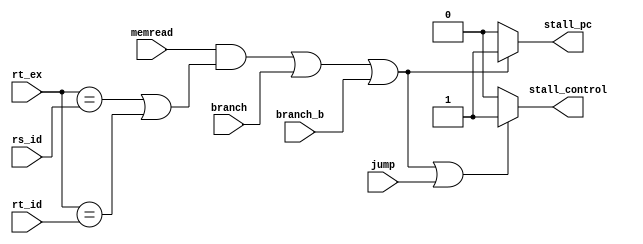
module Hazard (rt_ex,rs_id,rt_id,memread,branch,branch_b,jump,stall_pc,stall_control);

input [4:0] rt_ex,rs_id,rt_id; //rt in execution stage(of lw instruction) , rs and rt in ID stage(of instruction after lw) 
input memread,branch,branch_b,jump; // memread which indicates lw instruction
output reg stall_pc,stall_control; // 2 wires to stall pc or controls
	

always @(*)

begin


if ((memread==1 && (rt_ex==rs_id || rt_ex==rt_id)) || branch==1 || branch_b==1 || jump==1) /* checking lw then if rd of first instruction 
(in ex stage) equal to either rs or rt (in decode stage) or if there is branch or jump*/
stall_control <= 1; // stalling controls in case of jump , branch (2 stalls for branch) or lw with dependency 
       
else 
stall_control <= 0; 

if((memread==1 && (rt_ex==rs_id || rt_ex==rt_id)) || branch==1 || branch_b==1)
stall_pc <= 1; // stalling pc in case of branch (2 stalls for branch) or lw with dependency

else
stall_pc <=0; 

end	
					
endmodule